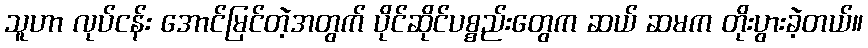
သူဟာ လုပ်ငန်း အောင်မြင်တဲ့အတွက် ပိုင်ဆိုင်ပစ္စည်းတွေက ဆယ် ဆမက တိုးပွားခဲ့တယ်။